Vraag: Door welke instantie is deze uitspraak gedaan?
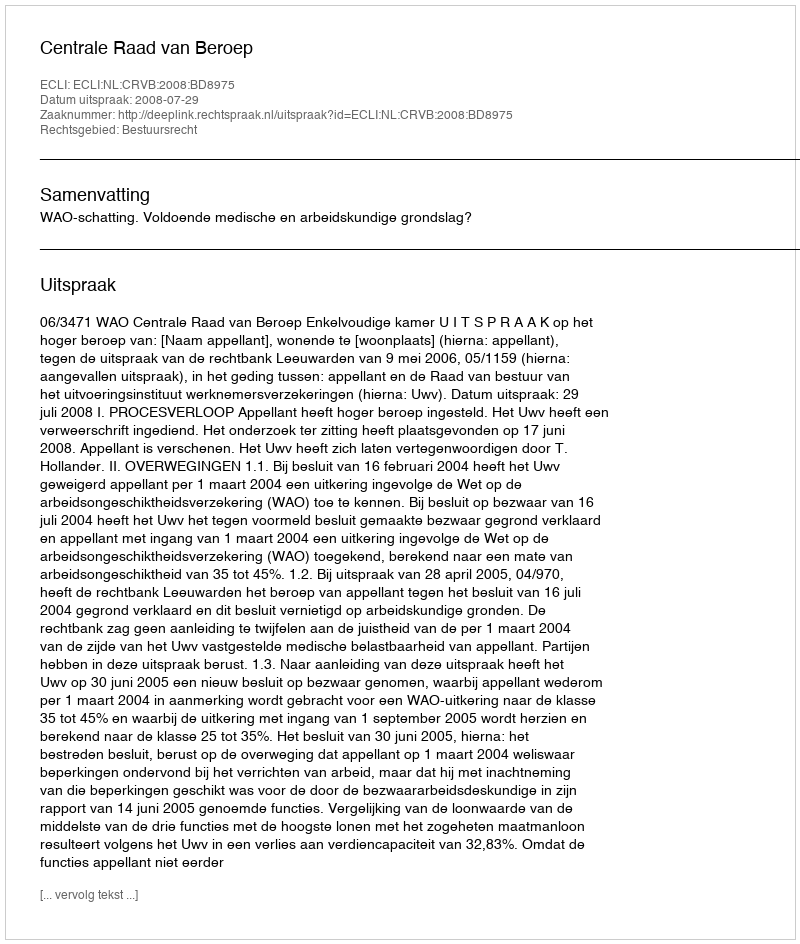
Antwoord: Centrale Raad van Beroep